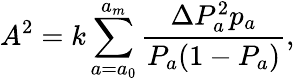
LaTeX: A^{2}=k\sum_{a=a_{0}}^{a_{m}}\frac{\Delta P_{a}^{2}p_{a}}{P_{a}(1-P_{a})},